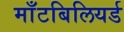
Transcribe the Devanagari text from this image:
माँटबिलियर्ड